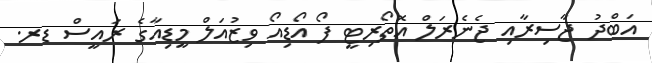
އަބްދު ޖާސިރާއި ޖެނެރަލް އޮތޯރިޓީ ފޯ އޯޑިއޯ ވިޒުއަލް މީޑިއާގެ ރައީސް ޑރ.